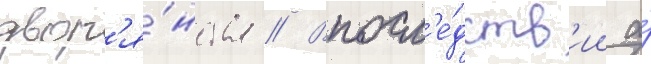
двор'я́нства // Впосл'е́дств'ии а́